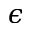
\epsilon